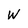
Character: W